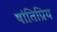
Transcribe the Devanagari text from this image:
षांतिप्रिय